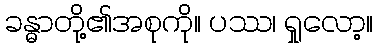
ခန္ဓာတို့၏အစုကို။ ပဿ၊ ရှုလော့။